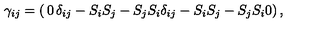
\gamma _ { i j } = \left( \begin{matrix} { 0 } & { \delta _ { i j } - S _ { i } S _ { j } - S _ { j } S _ { i } } \\ { \delta _ { i j } - S _ { i } S _ { j } - S _ { j } S _ { i } } & { 0 } \\ \end{matrix} \right) ,